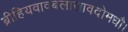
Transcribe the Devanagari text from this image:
ब्रीहियवावबलासावदोमधौ।